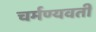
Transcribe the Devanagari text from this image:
चर्मण्यवती